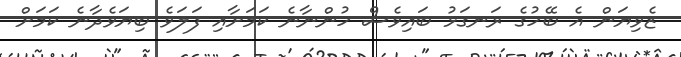
ޒެވިޔަން އެ ބޭހުގެ ރަނގަޅު ބައިވެސް ހުންނާނެ ކަމަށާއި ފަލަވެ ބިޔަވެދާނެ ކަމަށް